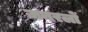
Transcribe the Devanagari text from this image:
जनरलाें